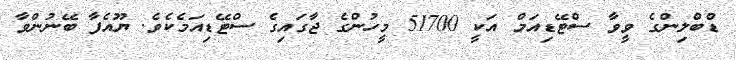
ޑްބްލިންގެ ވީވާ ސްޓޭޑިއަމް އަކީ 51700 މީހުންގެ ޖާގައިގެ ސްޓޭޑިއަމެކެވެ. ޔޫއެފާ ބޭނުންވާ